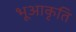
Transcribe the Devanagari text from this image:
भूआकृति